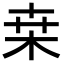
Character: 桒